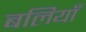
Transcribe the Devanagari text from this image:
बलियाँ